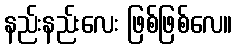
နည်းနည်းလေး ဖြစ်ဖြစ်လေ။